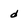
Character: d